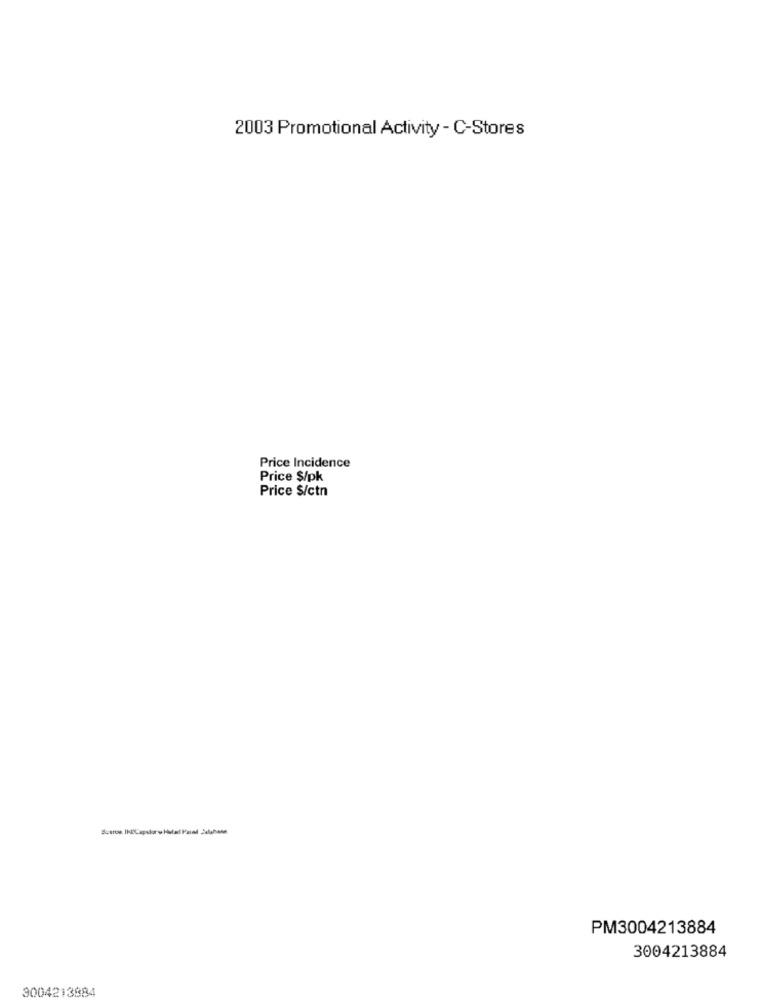
2003 Promotional Activity - C-Stores
Price Incidence
Price $/pk
Price $/ctn
PM3004213884
3004213884
3004213884